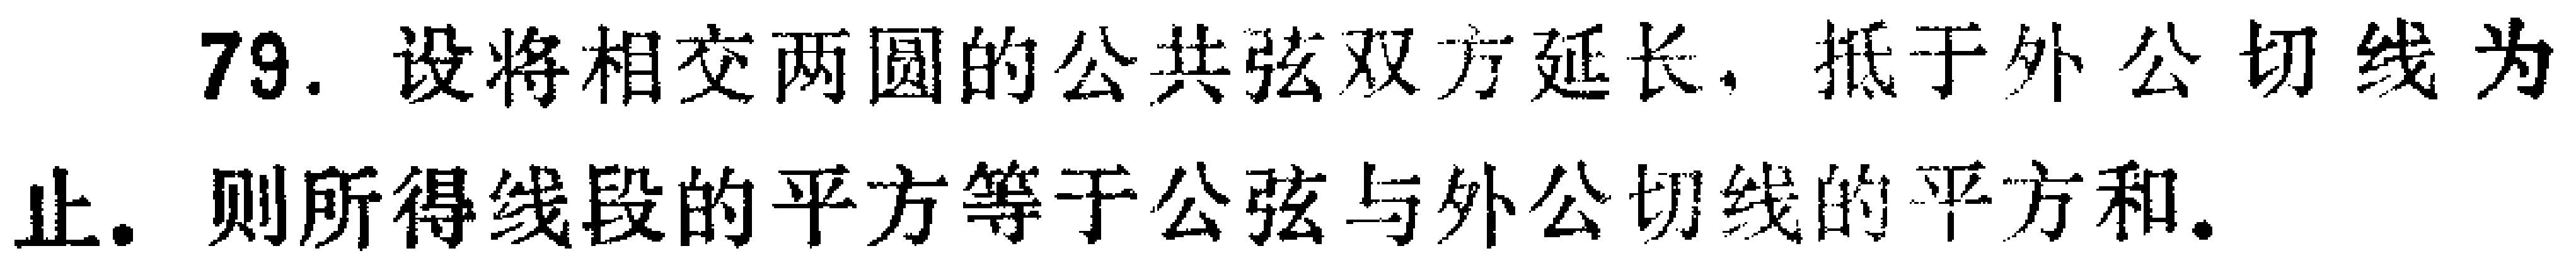
79. 设将相交两圆的公共弦双方延长，抵于外公切线为止. 则所得线段的平方等于公弦与外公切线的平方和.